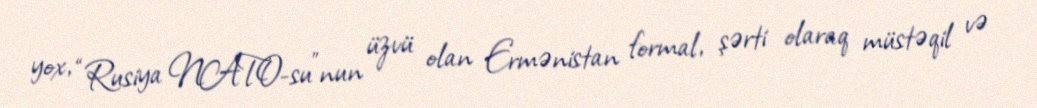
yox, “Rusiya NATO-su”nun üzvü olan Ermənistan formal, şərti olaraq müstəqil və